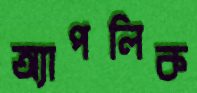
অ্যাপলিক